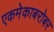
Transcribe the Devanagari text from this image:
एकमेकाबरोबर